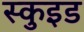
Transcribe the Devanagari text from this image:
स्कुइड